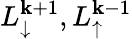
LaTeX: L_{\downarrow}^{\mathbf{k}+1},L_{\uparrow}^{\mathbf{k}-1}